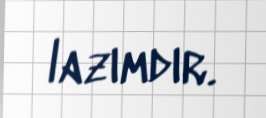
lazımdır.